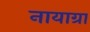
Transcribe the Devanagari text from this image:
नायाग्रा